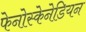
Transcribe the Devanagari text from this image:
फेनोस्केनेडियन